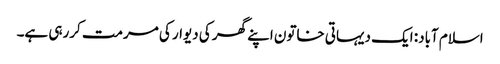
اسلام آباد: ایک دیہاتی خاتون اپنے گھر کی دیوار کی مرمت کررہی ہے۔